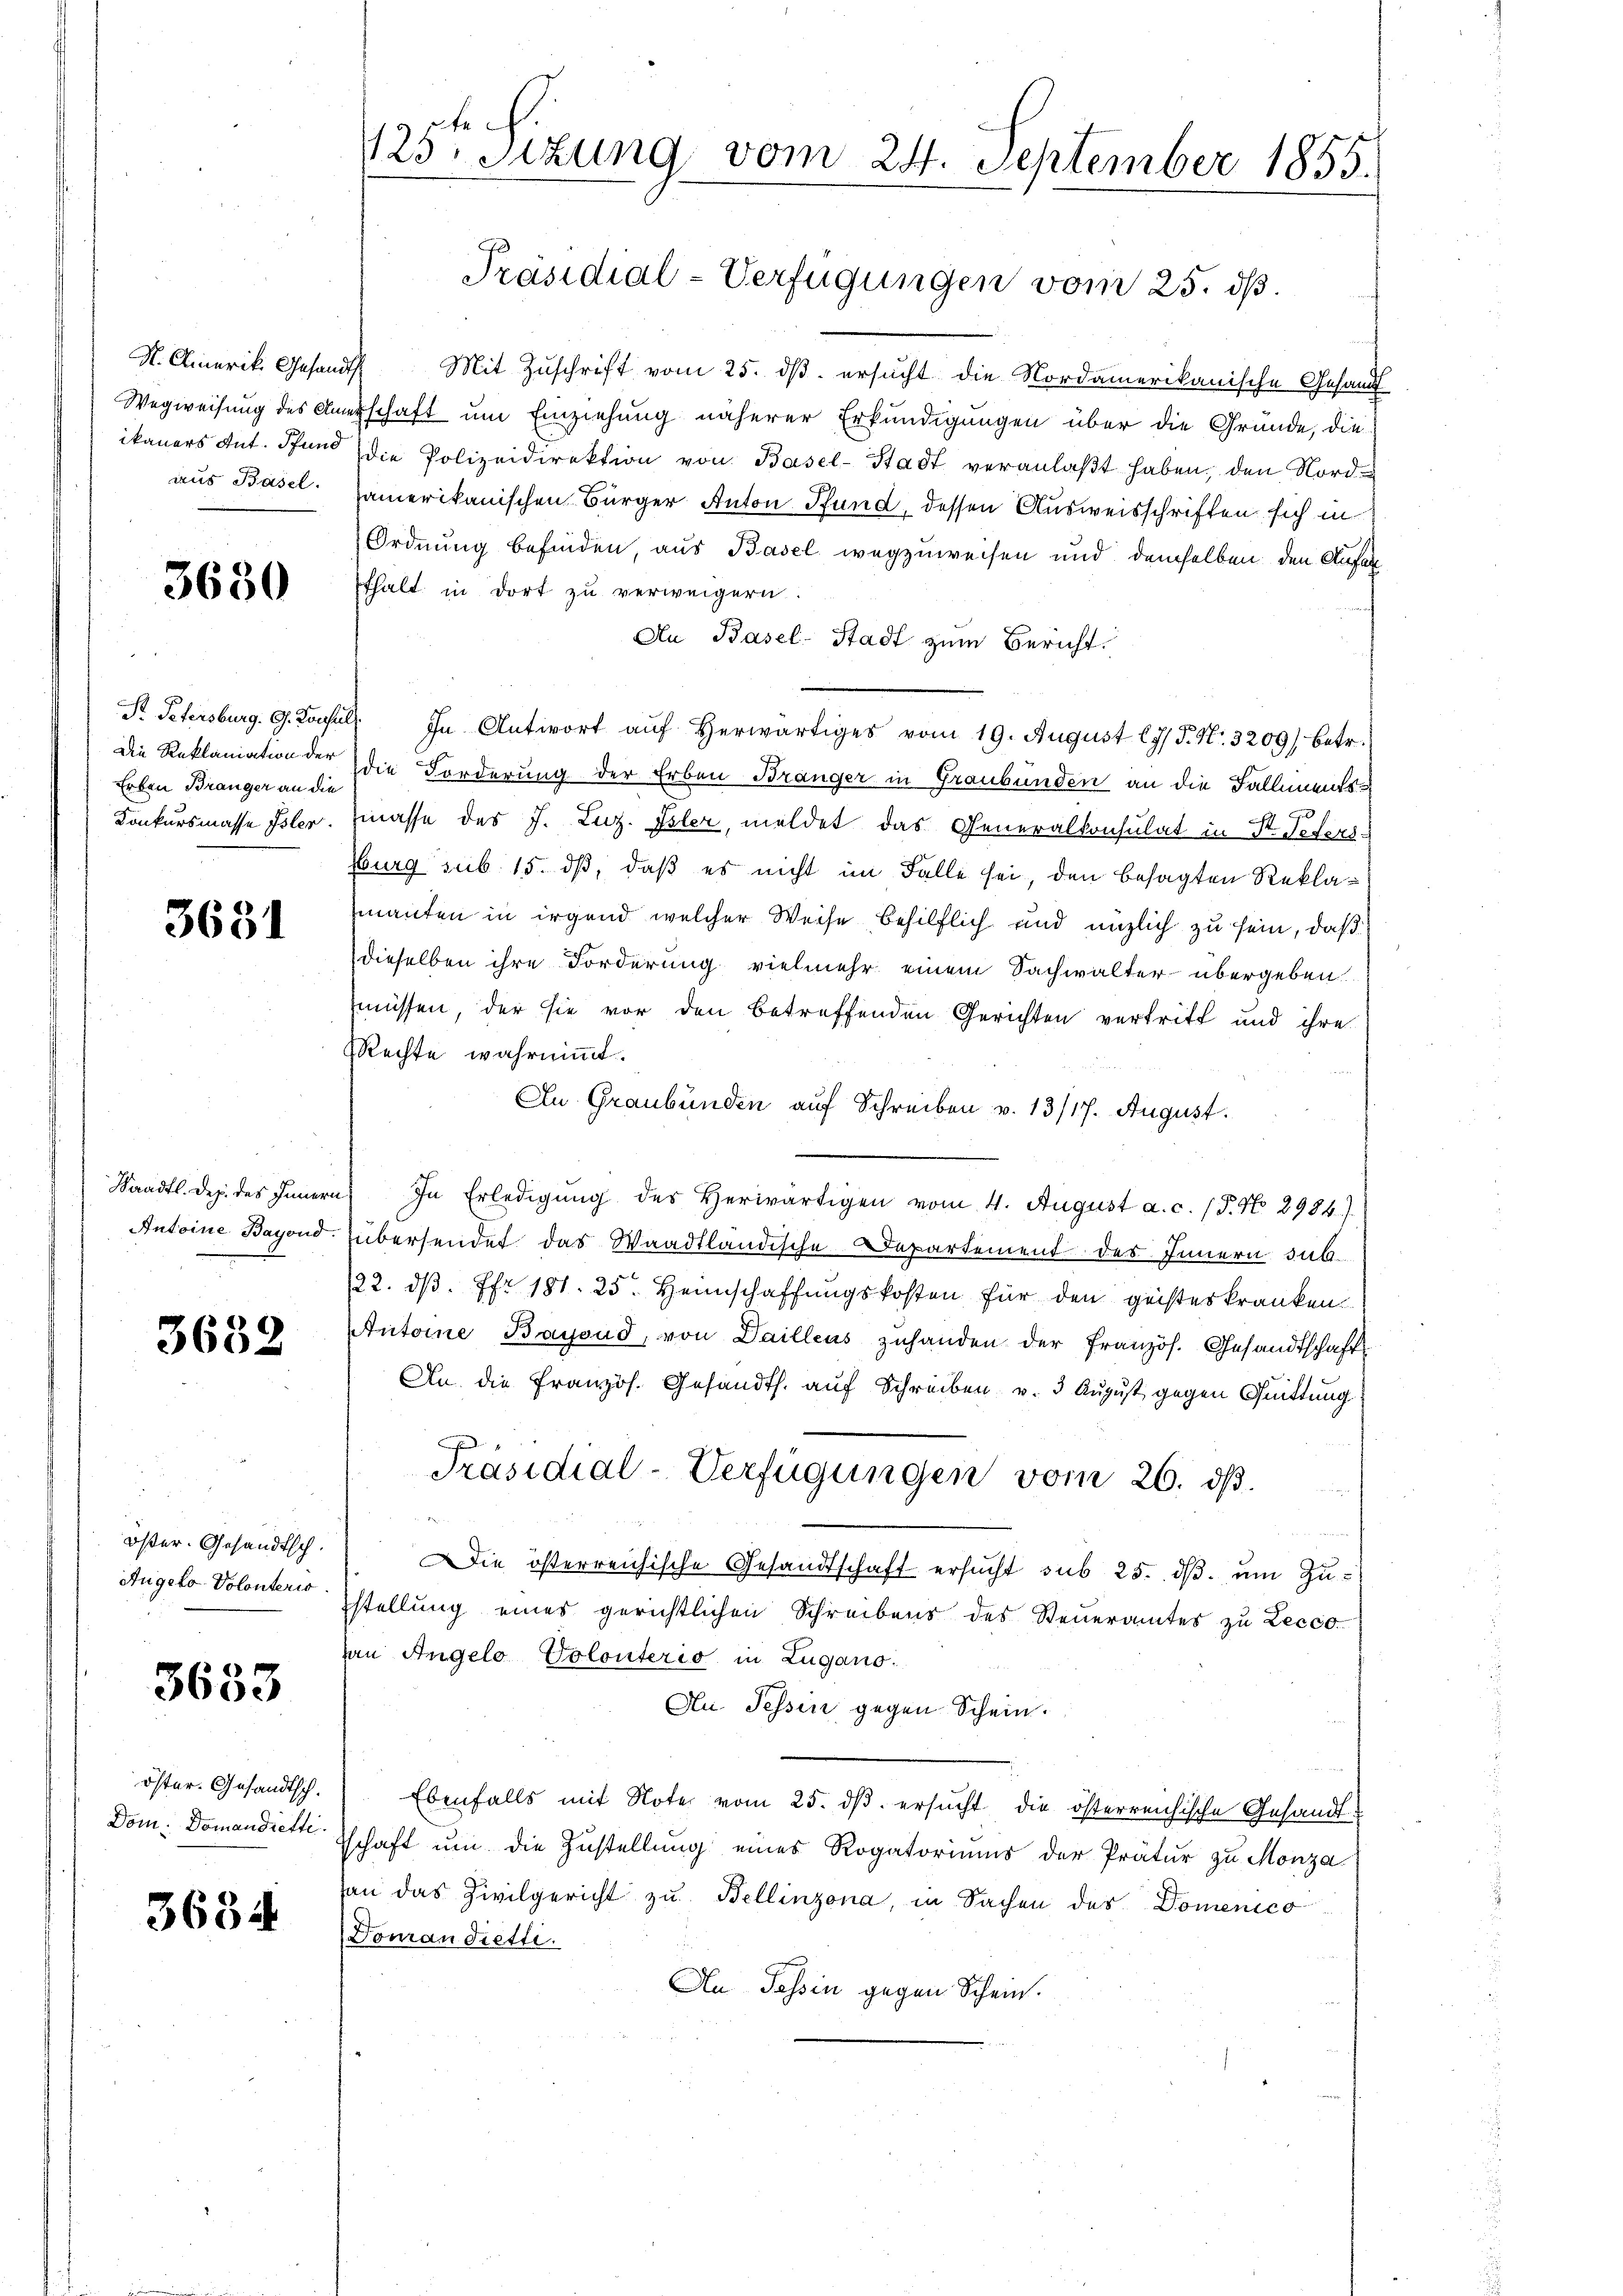
ikaners Ant. Pfund
aus Basel.

3630

Pr. Petersburg. Gs. Konsul
Die Reklamiation der
Erben Branger an die
Konkursmasse Isler.

3631

Saadtl. Dez. des Innern
Antoine Bayond.

3632

öster. Gesandtsch.
Augelo Volonteris

3633

öster. Gesandtsch.
Dom. Domandiette

3634

te
125. Sitzung vom 24. September 1855.

S. Amerik. Gesandt Mit Zŭschrift vom 25. dβ. ersŭcht die Nordamerikanische Gesandt
Wegweisung des Amtschaft um Einziehung näherer Erkundigungen über die Grunde, die
die Polizeidirektion von Basel-Stadt veranlaßt haben, den Nordamerikanischen Bürger Anton Pfund, dessen Ausweisschriften sich in
Ordnung befinden, aus Basel wegzuweisen und demselben den Anfa
fhalt in dort zu verweigern.
Au Basel-Stadt zum Bericht.
A ihn Antwort aŭf herwärtiges vom 19. August ly/ P. Nr. 3209) betr.
die Forderung der Erben Bränger in Graubünden an die Fallmentsmasse des J. Luz. Isler, meldet das Generalkonsulat in St. Peters
burg sub 15. dß, daß es nicht im Falle sei, den besagten Reklamanten in irgend welcher Weise behilflich und enzlich zu sein, daß
dieselben ihre Forderung vielmehr einem Sachwalter übergeben
müssen, der sie vor den betreffenden Gerichten vertritt und ihre
Rechte wahrnimmt.
An Graubünden auf Schreiben v. 13/17. August.
e
In Erledigŭng des Herwärtigen vom 4. August a. c. (T. No 2984.)
übersendet das Waadtländische Departement des Innern sub¬
122. dβ fr. 181. 25. Heimschaffungskosten für den geisteskranken.
Antoine Baysud, von Daillens zuhanden der Französ. Gesandtschaft
An die Französ. Gesandts. auf Schreiben v. 3 August gegen Quittung
Präsidial-Verfügungen vom 26. ds.
Die österreichische Gesandtschaft ersŭcht sub 25. dβ. um Zustellung eines gerichtlichen Schreibens des Steueramtes zu Lecco-
an Angelo Colonterio in Zugano.
Au Tessin gegen Schein.
Ebenfalls mit Note vom 25. dβ ersucht die österreichische Gesandtschaft um die Zustellung eines Rogatoriums der Prätur zu Monza-
an das Zivilgericht zu Bellinzona, in Sachen des Domenico
Doman diette.
Au Tessin gegen Schein.

Präsidial-Verfügungen vom 25. dß.